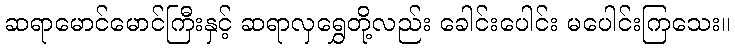
ဆရာမောင်မောင်ကြီးနှင့် ဆရာလှရွှေတို့လည်း ခေါင်းပေါင်း မပေါင်းကြသေး။